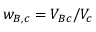
w _ { B , c } = V _ { B c } / V _ { c }